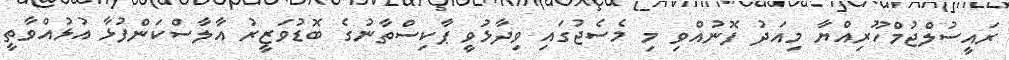
ރައީސުލްޖުމްހޫރިއްޔާ މިއަދު ފޮނުއްވި މި މެސެޖުގައި ވިދާޅުވީ ޕާކިސްތާނުގެ ބޮޑުވަޒީރު އާލާސްކަންފުޅާ އުޅުއްވާތީ